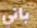
باني